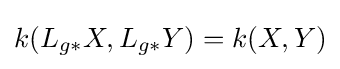
k(L_{g*}X,L_{g*}Y)=k(X,Y)